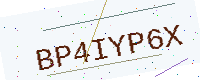
Text: BP4IYP6X